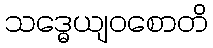
သဒ္ဓေယျဝစောတိ